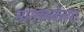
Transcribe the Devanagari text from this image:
मागवलेल्या